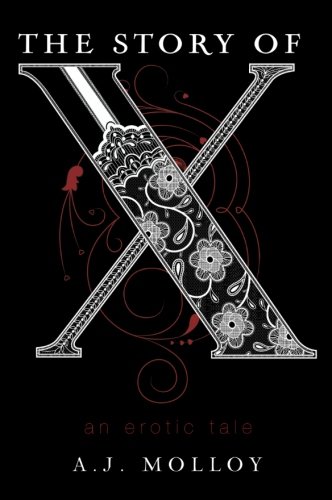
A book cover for The Story of X: An Erotic Tale; A.J. Molloy; Romance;